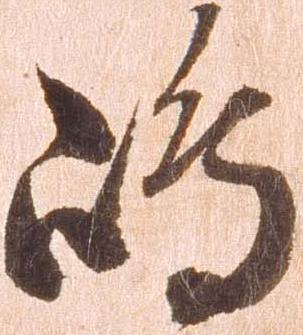
嶋